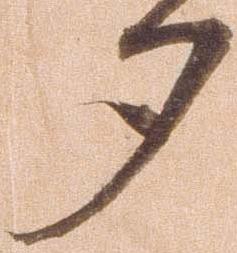
夕